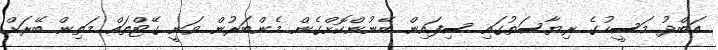
އަބްދު މަސީހުގެ ރިޔާސަތުގައި ސިފައިން ބޭނުންކޮށްގެން މެންބަރުން ވަނީ ގޭޓްތައް މަތިން ބޭރަށް